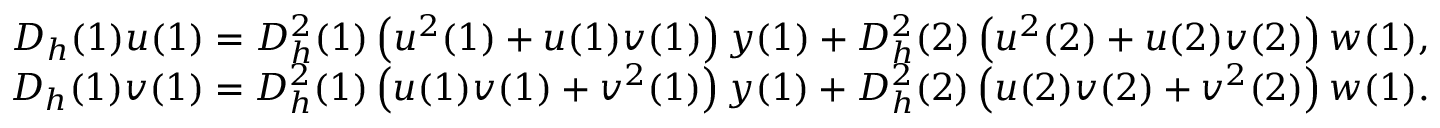
\begin{array} { r } { D _ { h } ( 1 ) u ( 1 ) = D _ { h } ^ { 2 } ( 1 ) \left( u ^ { 2 } ( 1 ) + u ( 1 ) v ( 1 ) \right) y ( 1 ) + D _ { h } ^ { 2 } ( 2 ) \left( u ^ { 2 } ( 2 ) + u ( 2 ) v ( 2 ) \right) w ( 1 ) , } \\ { D _ { h } ( 1 ) v ( 1 ) = D _ { h } ^ { 2 } ( 1 ) \left( u ( 1 ) v ( 1 ) + v ^ { 2 } ( 1 ) \right) y ( 1 ) + D _ { h } ^ { 2 } ( 2 ) \left( u ( 2 ) v ( 2 ) + v ^ { 2 } ( 2 ) \right) w ( 1 ) . } \end{array}